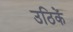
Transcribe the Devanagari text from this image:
उठिकें